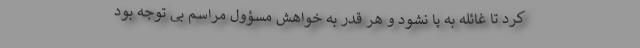
کرد تا غائله به پا نشود و هر قدر به خواهش مسؤول مراسم بی توجه بود